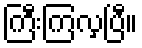
ကြီးကြလှပြီ။